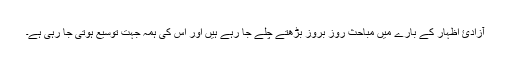
آزادئ اظہار کے بارے میں مباحث روز بروز بڑھتے چلے جا رہے ہیں اور اس کی ہمہ جہت توسیع ہوتی جا رہی ہے۔